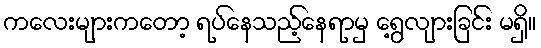
ကလေးများကတော့ ရပ်နေသည့်နေရာမှ ရွေ့လျားခြင်း မရှိ။